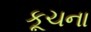
કૂચના